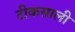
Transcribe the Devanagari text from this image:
टीकसाली